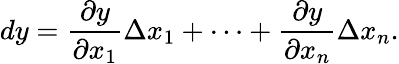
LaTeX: dy={\frac{\partial y}{\partial x_{1}}}\Delta x_{1}+\cdots+{\frac{\partial y}{\partial x_{n}}}\Delta x_{n}.